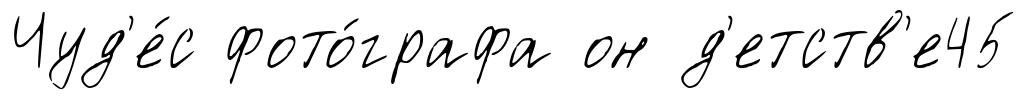
Чуд'е́с фото́графа он д'етств'е45